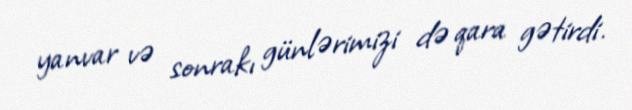
yanvar və sonrakı günlərimizi də qara gətirdi.